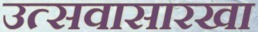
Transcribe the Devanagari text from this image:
उत्सवासारखा